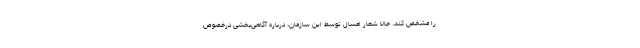
را مشخص کند. حالا شعار امسال توسط این سازمان، درباره آگاهی‌بخشی درخصوص